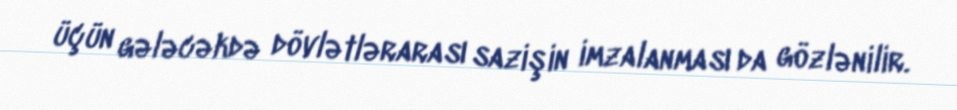
üçün gələcəkdə dövlətlərarası sazişin imzalanması da gözlənilir.